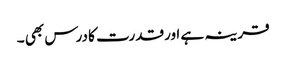
قرینہ ہے اورقدرت کا درس بھی ۔